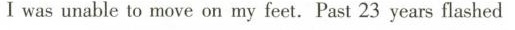
I was unable to move on my feet.Past 23 years fliashed